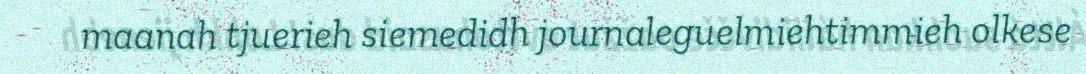
maanah tjuerieh siemedidh journaleguelmiehtimmieh olkese